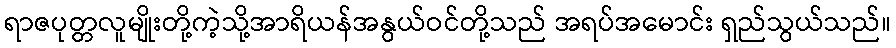
ရာဇပုတ္တလူမျိုးတို့ကဲ့သို့အာရိယန်အနွယ်ဝင်တို့သည် အရပ်အမောင်း ရှည်သွယ်သည်။